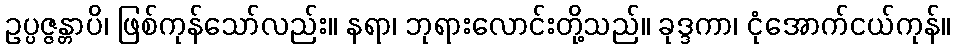
ဥပ္ပဇ္ဇန္တာပိ၊ ဖြစ်ကုန်သော်လည်း။ နရာ၊ ဘုရားလောင်းတို့သည်။ ခုဒ္ဒကာ၊ ငုံအောက်ငယ်ကုန်။